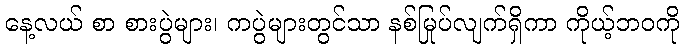
နေ့လယ် စာ စားပွဲများ၊ ကပွဲများတွင်သာ နစ်မြုပ်လျက်ရှိကာ ကိုယ့်ဘဝကို